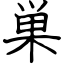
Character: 巣